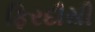
ફિરદૌસી